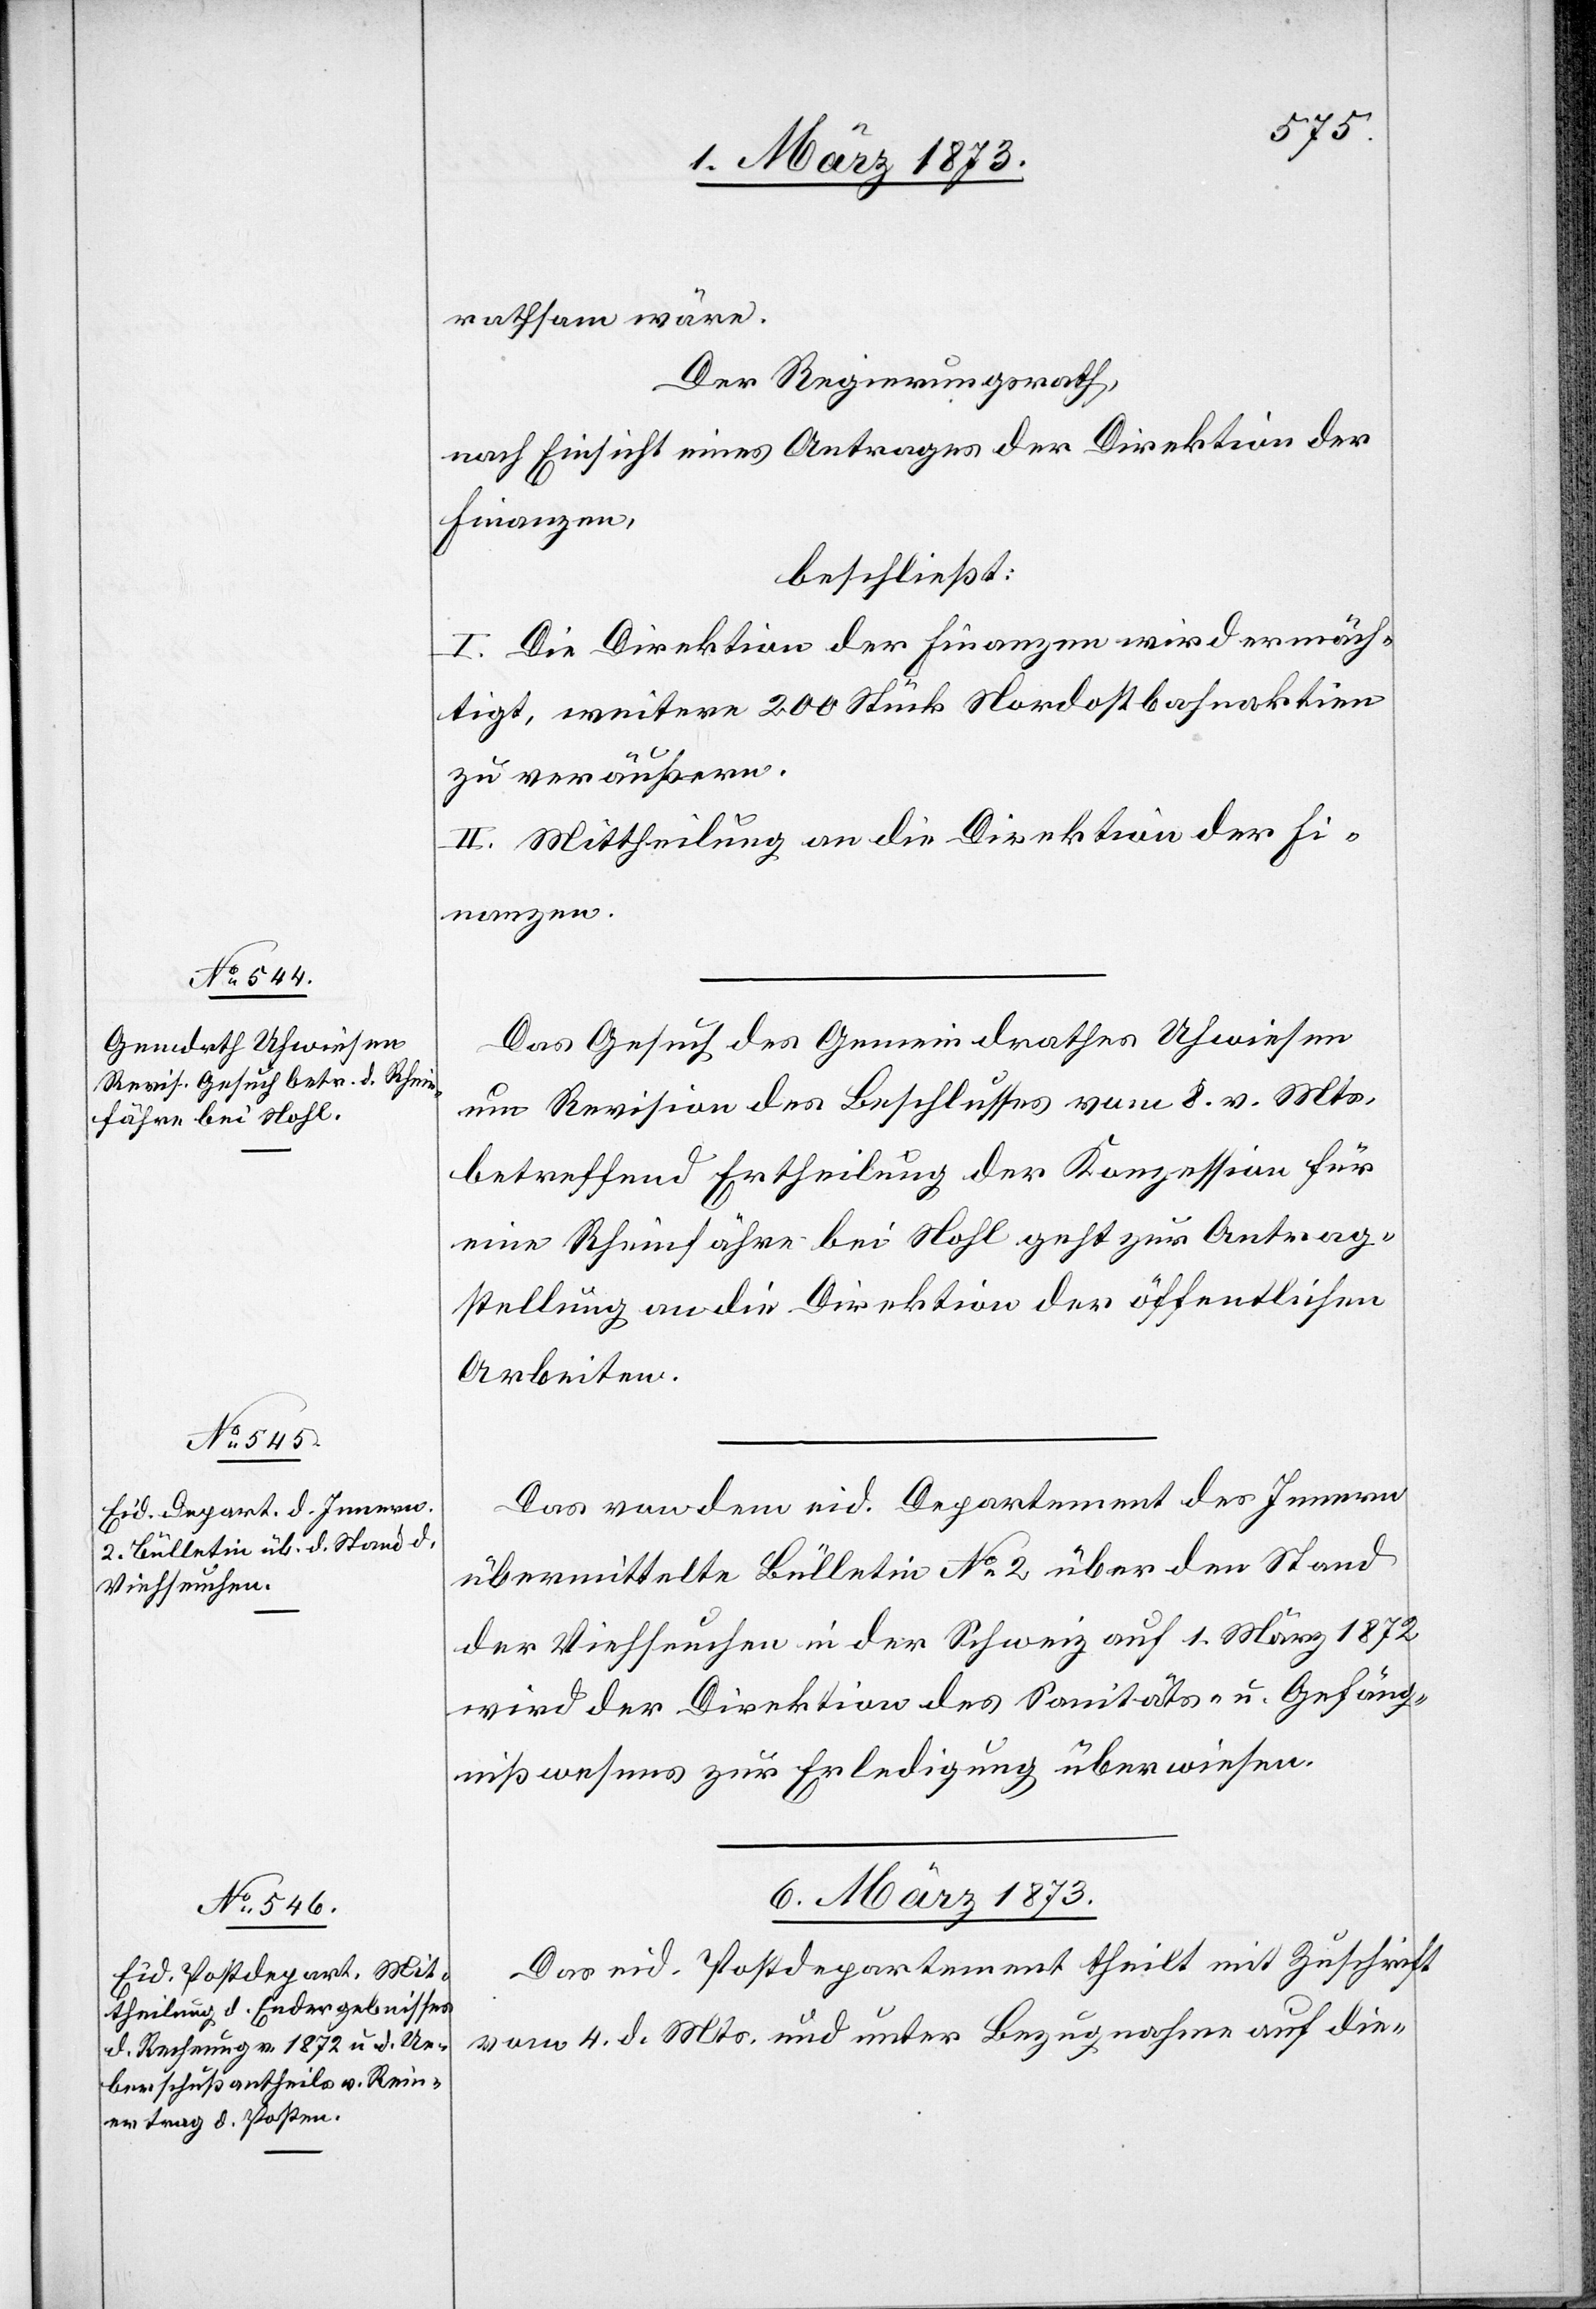
5. März 1873.]
rathsam wäre.
Der Regierungsrath,
nach Einsicht eines Antrages der Direktion der
Finanzen,
beschließt:
I. Die Direktion der Finanzen wird ermäch¬
tigt, weitere 200 Stück Nordostbahnaktien
zu veräußern.
II. Mittheilung an die Direktion der Fi¬
nanzen.
Das Gesuch des Gemeindrathes Uhwiesen
um Revision des Beschlusses vom 8. v. Mts.
betreffend Ertheilung der Konzession für
eine Rheinfähre bei Nohl geht zur Antrag¬
stellung an die Direktion der öffentlichen
Arbeiten.
Das von dem eid. Departement des Innern
übermittelte Bulletin No 2 über den Stand
der Viehseuchen in der Schweiz auf 1. März 1872
wird der Direktion des Sanitäts- u. Gefäng¬
nißwesens zur Erledigung überwiesen.
6. März 1873.
Das eid. Postdepartement theilt mit Zuschrift
vom 4. d. Mts. und unter Bezugnahme auf die-